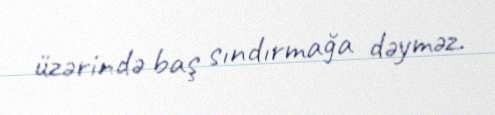
üzərində baş sındırmağa dəyməz.